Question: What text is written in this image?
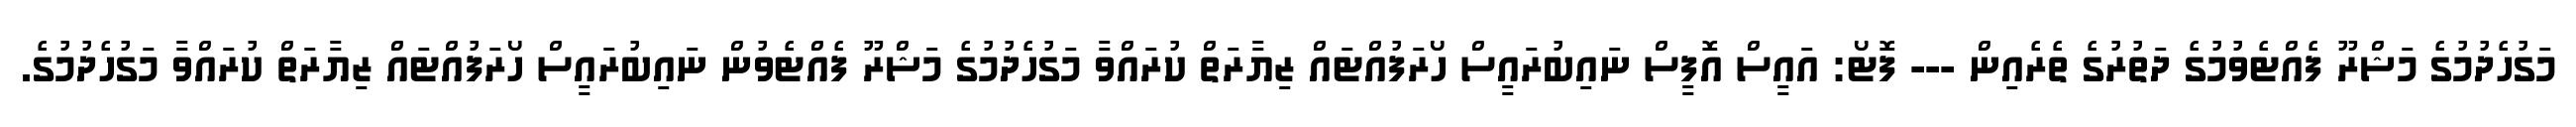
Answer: މަގުހެދުމުގެ މަޝްރޫ ފެއްޓެވުމުގެ ދަތުރުގެ ތެރެއިން --- ފޮޓޯ: އައީސް އޮފީސް ނައިބުރައީސް ހޯރަފުއްޓައް ޒިޔާރަތް ކުރައްވާ މަގުހެދުމުގެ މަޝްރޫ ފެއްޓެވުން ނައިބުރައީސް ހޯރަފުއްޓައް ޒިޔާރަތް ކުރައްވާ މަގުހެދުމުގެ.